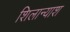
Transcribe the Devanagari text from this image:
शिलान्याश